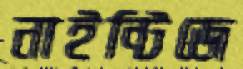
নাইন্টিজে